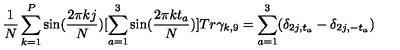
\frac { 1 } N \sum _ { k = 1 } ^ { P } \sin ( \frac { 2 \pi k j } N ) [ \sum _ { a = 1 } ^ { 3 } \sin ( \frac { 2 \pi k t _ { a } } N ) ] T r \gamma _ { k , 9 } = \sum _ { a = 1 } ^ { 3 } ( \delta _ { 2 j , t _ { a } } - \delta _ { 2 j , - t _ { a } } )